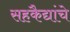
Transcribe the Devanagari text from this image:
सहकैद्यांचे